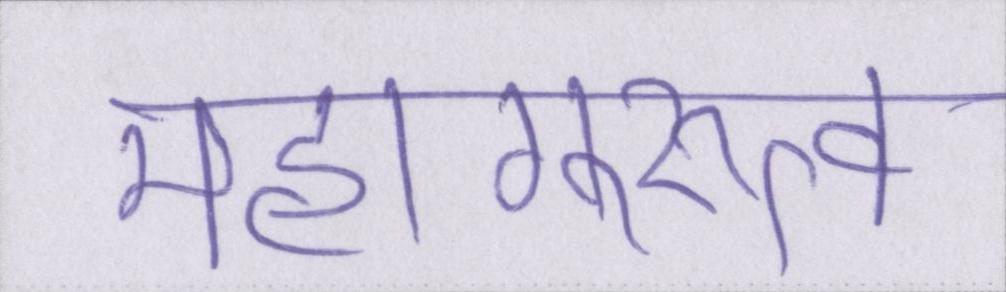
महागुरुत्व